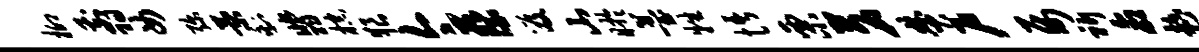
柳翦女弥菊剩翡棕狼今蔡笈山盱薹牲悟栗茗焚户属祈命趁